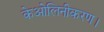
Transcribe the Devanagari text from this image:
केओलिनीकरण।